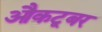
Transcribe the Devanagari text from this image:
औकटूबर